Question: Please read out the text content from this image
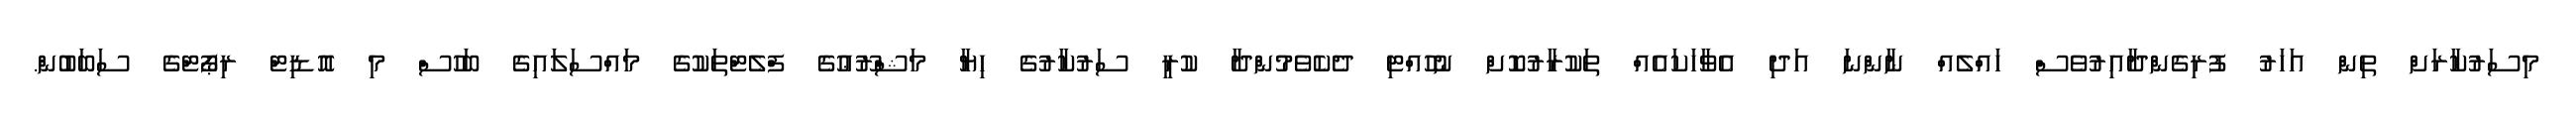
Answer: މިސަރުކާރަށް ތިން އަހަރު ފުރިގެންދާއިރުވެސް ހައްލެއް ނާންނަ އަދި އެވާހަކައެއް ތަކުރާރުކޮށް ނުހުއްޓި ދެކެވެމުންދާ ކުރީ ސަރުކާރުގެ ހިޔާ މަޝްރޫޢުގެ ފްލެޓްތަކުގެ މައްސަލައިގެ ބަހުސް މި އޮޑިޓް ރިޕޯޓްގެ ސަބަބުން.